画像に写った文字を読んでください
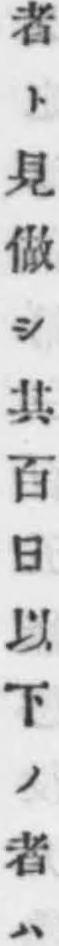
「者ト見做シ其百日以下ノ者ハ」と書いてあります